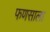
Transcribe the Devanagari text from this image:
फणसाला